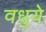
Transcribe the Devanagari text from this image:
वधुये